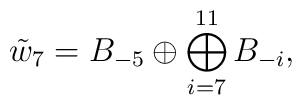
\tilde{w}_7 = B_{-5} \oplus  \bigoplus_{i=7}^{11} B_{-i},